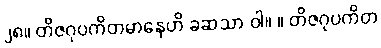
၂၈။ တိဇဂုပကိတမာနေဟိ ခဆသာ ဝါ။ ။ တိဇဂုပကိတ